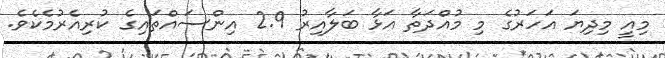
މިއީ މިދިޔަ އަހަރުގެ މި މުއްދަތާ އަޅާ ބަލާއިރު 2.9 އިންސައްތައިގެ ކުރިއެރުމެކެވެ.